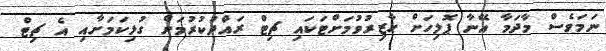
ނަމަވެސް މާދަމާ އޭނާ ޕޮލިހަށް ހާޒިރުވުމަށްޓަކައި ޗިޓް ރައްދުކުރުމަށް ގުޅިކަމަށާއި އެ ޗިޓް